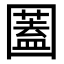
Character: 𡈮